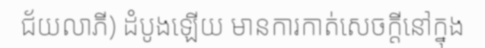
ជ័យលាភី) ដំបូងឡើយ មានការកាត់សេចក្តីនៅក្នុង